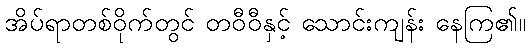
အိပ်ရာတစ်ဝိုက်တွင် တဝီဝီနှင့် သောင်းကျန်း နေကြ၏။